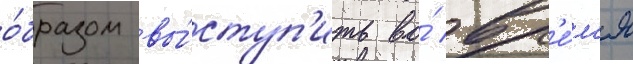
о́бразом вы́ступ'ить во́ вр'е́м'я